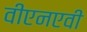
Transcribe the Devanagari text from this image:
वीएनएवी